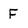
Character: F